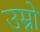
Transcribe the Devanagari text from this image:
उम्नो